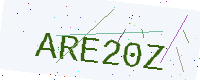
Text: ARE20Z